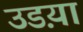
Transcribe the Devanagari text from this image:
उडय़ा